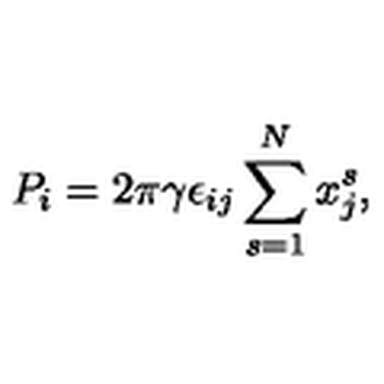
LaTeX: P _ { i } = 2 \pi \gamma \epsilon _ { i j } \sum _ { s = 1 } ^ { N } x _ { j } ^ { s } ,